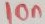
Text: 10n